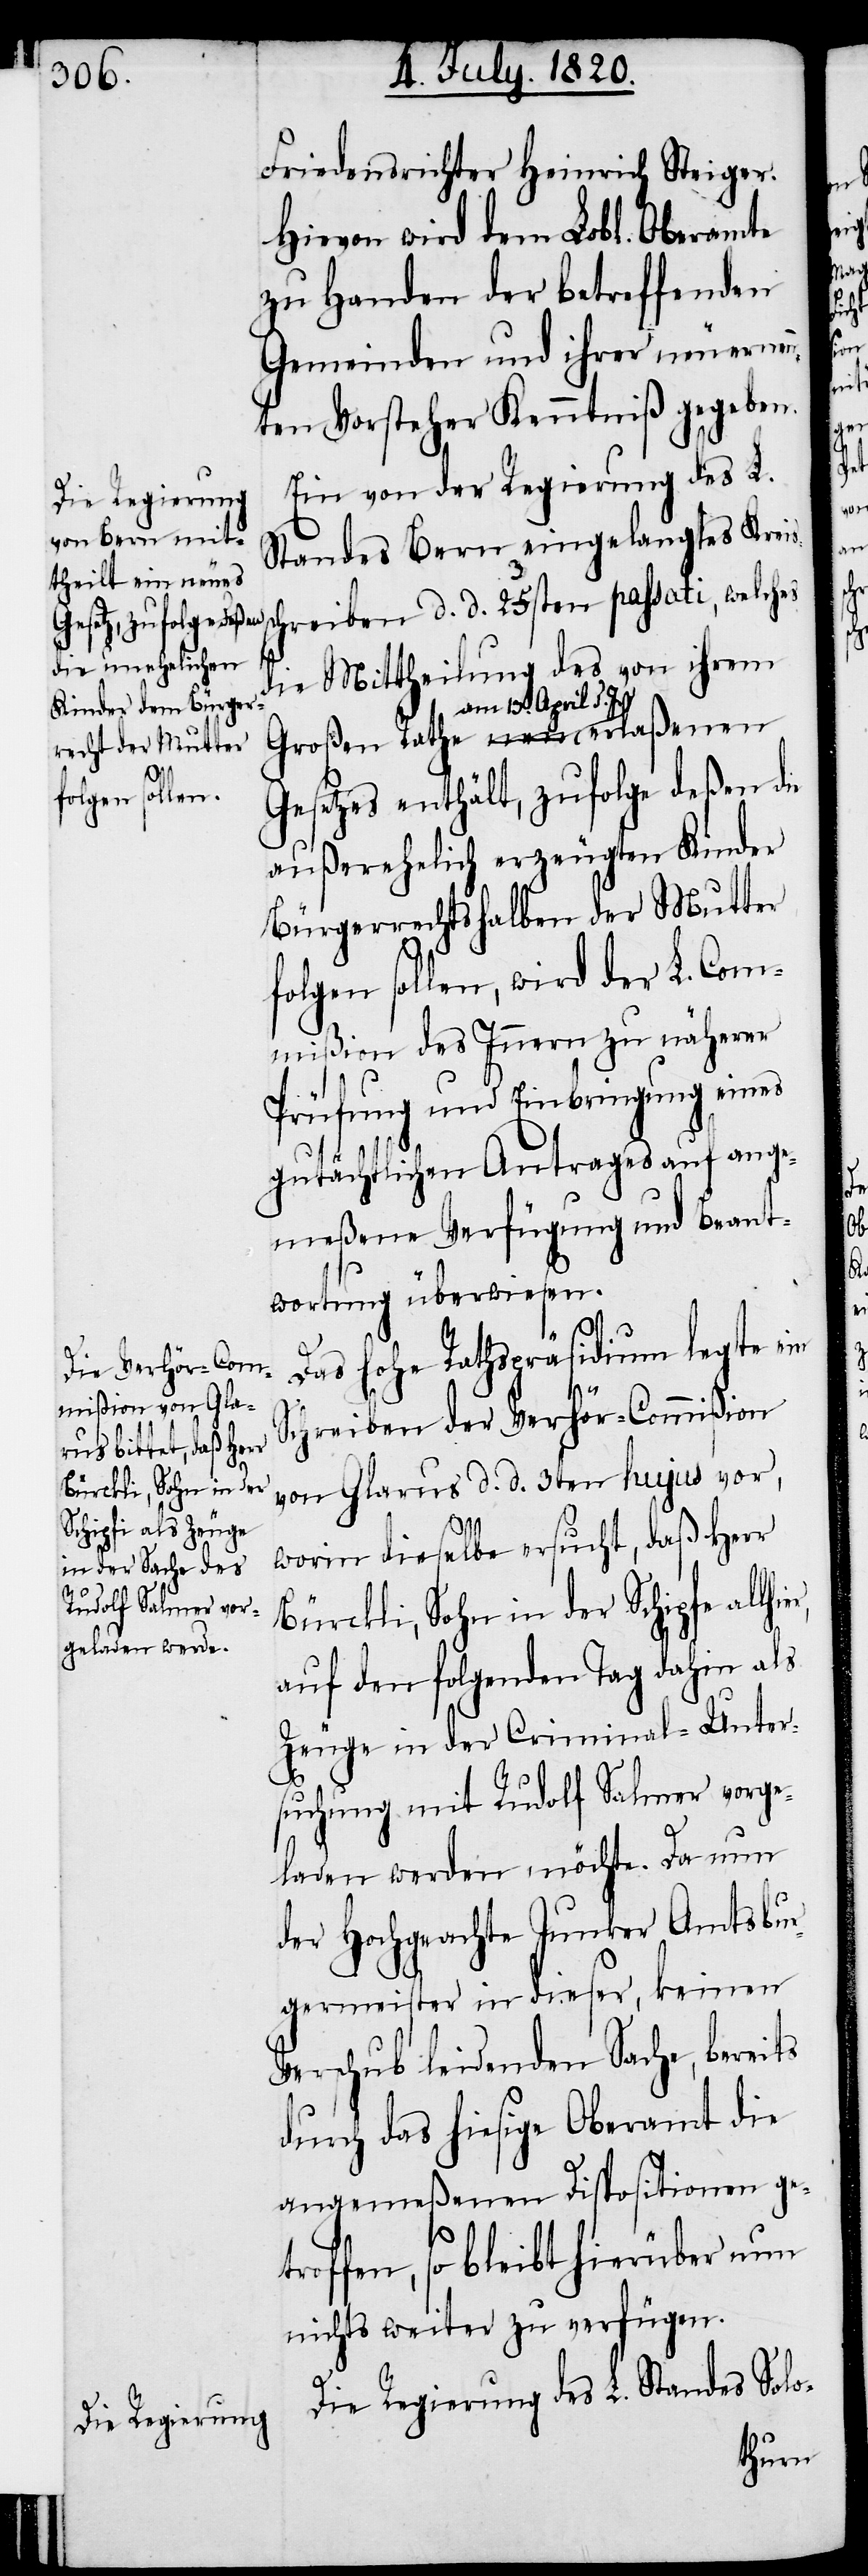
Friedensrichter Heinrich Steiger.
Hievon wird dem Lobl. Oberamte
zu Handen der betreffenden
Gemeinden und ihrer neu ernen¬
nten Vorsteher Kenntniß gegeben.
Ein von der Regierung des L.
Standes Bern eingelangtes Kreis¬
ier,
die Mittheilung des von ihrem
am 13. April d. J.
Gesetzes enthält, zufolge deßen die
außerehelich erzeugten Kinder
Bürgerrechts halben der Mutter
folgen sollen, wird der L. Com¬
mißion des Innern zu näherer
Prüfung und Einbringung eines
gutächtlichen Antrages auf ange¬
meßene Verfügung und Beant¬
wortung überwiesen.
Das hohe Rathspräsidium legte ein
Schreiben der Verhör-Commißion
passati, welches
von Glarus d. d. 3ten hujus vor,
worin dieselbe ersucht, daß Herr
Bürckli, Sohn in der Schipfe allh¬
auf den folgenden Tag dahin als
Zeuge in der Criminal-Unter¬
suchung mit Rudolf Salmer vorge¬
laden werden möchte. Da nun
der Hochgeachte Junker Amtsbur¬
germeister in dieser, keinen
Verschub leidenden Sache, bereits
durch das hiesige Oberamt die
angemeßenen Dispositionen ge¬
troffen, so bleibt hierüber nun
nichts weiter zu verfügen.
Die Regierung des L. Standes Solo-